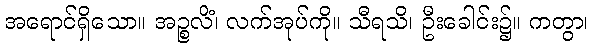
အရောင်ရှိသော။ အဉ္စလိံ၊ လက်အုပ်ကို။ သီရသိ၊ ဦးခေါင်း၌။ ကတွာ၊